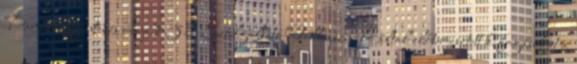
Panaszügyintézés ideje 7.3.1 Szolgáltató Felhasználó által előterjesztett kifogásokat a